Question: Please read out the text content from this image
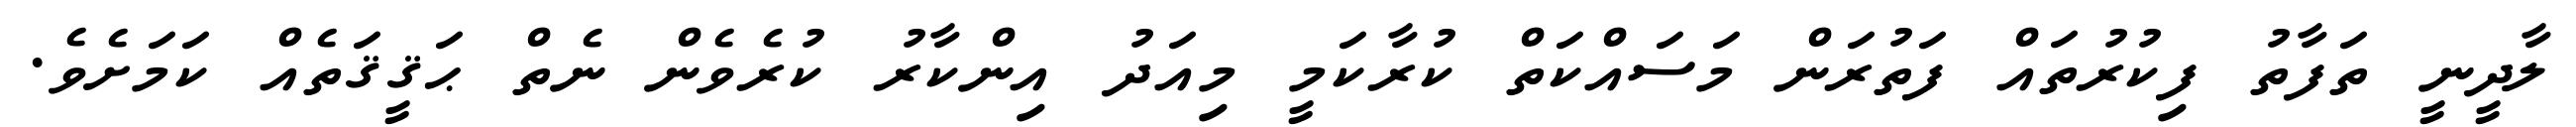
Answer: ލާދީނީ ތަފާތު ފިކުރުތައް ފަތުރަން މަސައްކަތް ކުރާކަމީ މިއަދު އިންކާރު ކުރެވެން ނެތް ޙަޤީޤަތެއް ކަމަށެވެ.